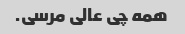
همه چی عالی مرسی.